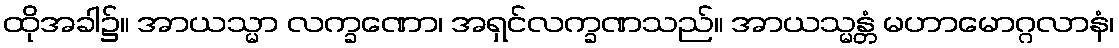
ထိုအခါ၌။ အာယသ္မာ လက္ခဏော၊ အရှင်လက္ခဏသည်။ အာယသ္မန္တံ မဟာမောဂ္ဂလာနံ၊